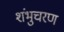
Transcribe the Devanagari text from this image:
शंभुचरण